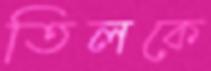
তিলকে